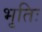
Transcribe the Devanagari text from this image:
भृतिः